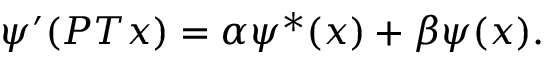
\psi ^ { \prime } ( P T x ) = \alpha \psi ^ { * } ( x ) + \beta \psi ( x ) .